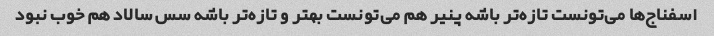
اسفناج‌ها می‌تونست تازه‌تر باشه پنیر هم می‌تونست بهتر و تازه‌تر باشه سس سالاد هم خوب نبود